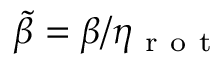
\widetilde { \beta } = \beta / { \eta _ { \mathrm { ~ r ~ o ~ t ~ } } }